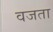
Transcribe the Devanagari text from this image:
वजता